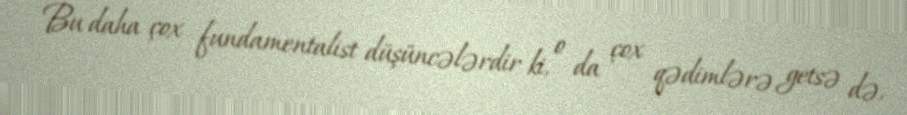
Bu daha çox fundamentalist düşüncələrdir ki, o da çox qədimlərə getsə də,